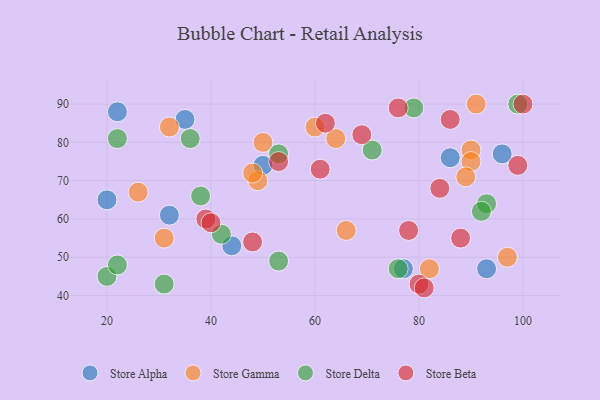
{"axis": {"x": "GDP", "y": "Life Expectancy"}, "legend": ["Store Alpha", "Store Beta", "Store Delta", "Store Gamma"], "data": [{"x": "44", "y": 53, "type": "Store Alpha"}, {"x": "20", "y": 65, "type": "Store Alpha"}, {"x": "93", "y": 47, "type": "Store Alpha"}, {"x": "22", "y": 88, "type": "Store Alpha"}, {"x": "50", "y": 74, "type": "Store Alpha"}, {"x": "77", "y": 47, "type": "Store Alpha"}, {"x": "86", "y": 76, "type": "Store Alpha"}, {"x": "96", "y": 77, "type": "Store Alpha"}, {"x": "32", "y": 61, "type": "Store Alpha"}, {"x": "35", "y": 86, "type": "Store Alpha"}, {"x": "32", "y": 84, "type": "Store Gamma"}, {"x": "90", "y": 78, "type": "Store Gamma"}, {"x": "90", "y": 75, "type": "Store Gamma"}, {"x": "64", "y": 81, "type": "Store Gamma"}, {"x": "82", "y": 47, "type": "Store Gamma"}, {"x": "60", "y": 84, "type": "Store Gamma"}, {"x": "26", "y": 67, "type": "Store Gamma"}, {"x": "89", "y": 71, "type": "Store Gamma"}, {"x": "91", "y": 90, "type": "Store Gamma"}, {"x": "49", "y": 70, "type": "Store Gamma"}, {"x": "31", "y": 55, "type": "Store Gamma"}, {"x": "50", "y": 80, "type": "Store Gamma"}, {"x": "48", "y": 72, "type": "Store Gamma"}, {"x": "97", "y": 50, "type": "Store Gamma"}, {"x": "66", "y": 57, "type": "Store Gamma"}, {"x": "93", "y": 64, "type": "Store Delta"}, {"x": "71", "y": 78, "type": "Store Delta"}, {"x": "92", "y": 62, "type": "Store Delta"}, {"x": "53", "y": 77, "type": "Store Delta"}, {"x": "36", "y": 81, "type": "Store Delta"}, {"x": "99", "y": 90, "type": "Store Delta"}, {"x": "20", "y": 45, "type": "Store Delta"}, {"x": "53", "y": 49, "type": "Store Delta"}, {"x": "79", "y": 89, "type": "Store Delta"}, {"x": "22", "y": 81, "type": "Store Delta"}, {"x": "38", "y": 66, "type": "Store Delta"}, {"x": "42", "y": 56, "type": "Store Delta"}, {"x": "31", "y": 43, "type": "Store Delta"}, {"x": "22", "y": 48, "type": "Store Delta"}, {"x": "76", "y": 47, "type": "Store Delta"}, {"x": "86", "y": 86, "type": "Store Beta"}, {"x": "61", "y": 73, "type": "Store Beta"}, {"x": "99", "y": 74, "type": "Store Beta"}, {"x": "62", "y": 85, "type": "Store Beta"}, {"x": "78", "y": 57, "type": "Store Beta"}, {"x": "84", "y": 68, "type": "Store Beta"}, {"x": "80", "y": 43, "type": "Store Beta"}, {"x": "53", "y": 75, "type": "Store Beta"}, {"x": "69", "y": 82, "type": "Store Beta"}, {"x": "39", "y": 60, "type": "Store Beta"}, {"x": "76", "y": 89, "type": "Store Beta"}, {"x": "40", "y": 59, "type": "Store Beta"}, {"x": "100", "y": 90, "type": "Store Beta"}, {"x": "81", "y": 42, "type": "Store Beta"}, {"x": "88", "y": 55, "type": "Store Beta"}, {"x": "48", "y": 54, "type": "Store Beta"}]}